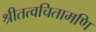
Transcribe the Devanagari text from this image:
श्रीतत्वचितामणि